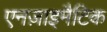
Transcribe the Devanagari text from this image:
एनज़ाइमैटिक